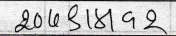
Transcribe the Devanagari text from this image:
२0६८१८१९२